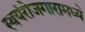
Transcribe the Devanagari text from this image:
स्वयंरोजगारामध्ये